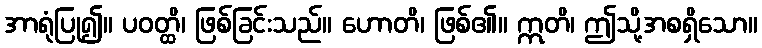
အာရုံပြု၍။ ပဝတ္ထိ၊ ဖြစ်ခြင်းသည်။ ဟောတိ၊ ဖြစ်၏။ ဣတိ၊ ဤသို့အစရှိသော။